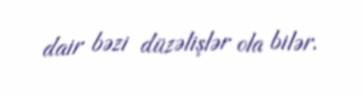
dair bəzi düzəlişlər ola bilər.